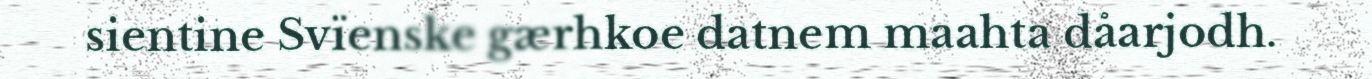
sientine Svïenske gærhkoe datnem maahta dåarjodh.